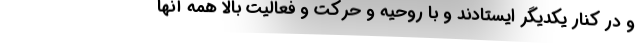
و در کنار یکدیگر ایستادند و با روحیه و حرکت و فعالیت بالا همه آنها